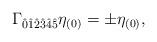
LaTeX: \begin{align*}\Gamma_{\hat{0}\hat{1}\hat{2}\hat{3}\hat{4}\hat{5}}\eta_{(0)}=\pm \eta_{(0)},\end{align*}